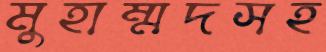
মুহাম্মদসহ